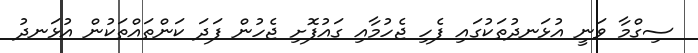
ސިގްމާ ވަނީ އުޅަނދުތަކުގައި ފެހި ޖެހުމާއި ގައުފޮށި ޖެހުން ފަދަ ކަންތައްތަކުން އުޅަނދު